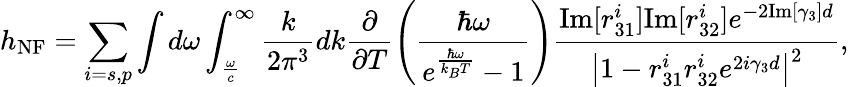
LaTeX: h_{\mathrm{NF}}=\sum_{i=s,p}\int d\omega\int_{\frac{\omega}{c}}^{\infty}\frac{k}{2\pi^{3}}dk\frac{\partial}{\partial T}\left(\frac{\hbar\omega}{e^{\frac{\hbar\omega}{k_{B}T}}-1}\right)\frac{\mathrm{Im}[r_{31}^{i}]\mathrm{Im}[r_{32}^{i}]e^{-2\mathrm{Im}[\gamma_{3}]d}}{\left|1-r_{31}^{i}r_{32}^{i}e^{2i\gamma_{3}d}\right|^{2}}{,}